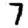
Digit: 7